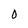
Character: o